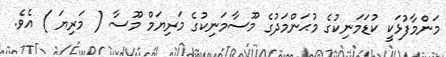
މަންމާފުޅަކީ ކުޑަމަނިކުގެ މުޙަންމަދުގެ މޫސާމަނިކުގެ މަރިޔަމް މޫސާ ( މަރިޔަ ) އެވެ.